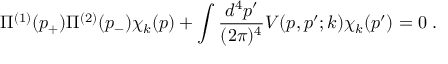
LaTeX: \Pi ^ { ( 1 ) } ( p _ { + } ) \Pi ^ { ( 2 ) } ( p _ { - } ) \chi _ { k } ( p ) + \int { \frac { d ^ { 4 } p ^ { \prime } } { ( 2 \pi ) ^ { 4 } } } V ( p , p ^ { \prime } ; k ) \chi _ { k } ( p ^ { \prime } ) = 0 \; .